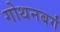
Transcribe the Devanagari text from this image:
गोथनबर्गं